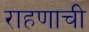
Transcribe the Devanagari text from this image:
राहणाची